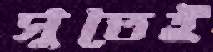
সুতেই